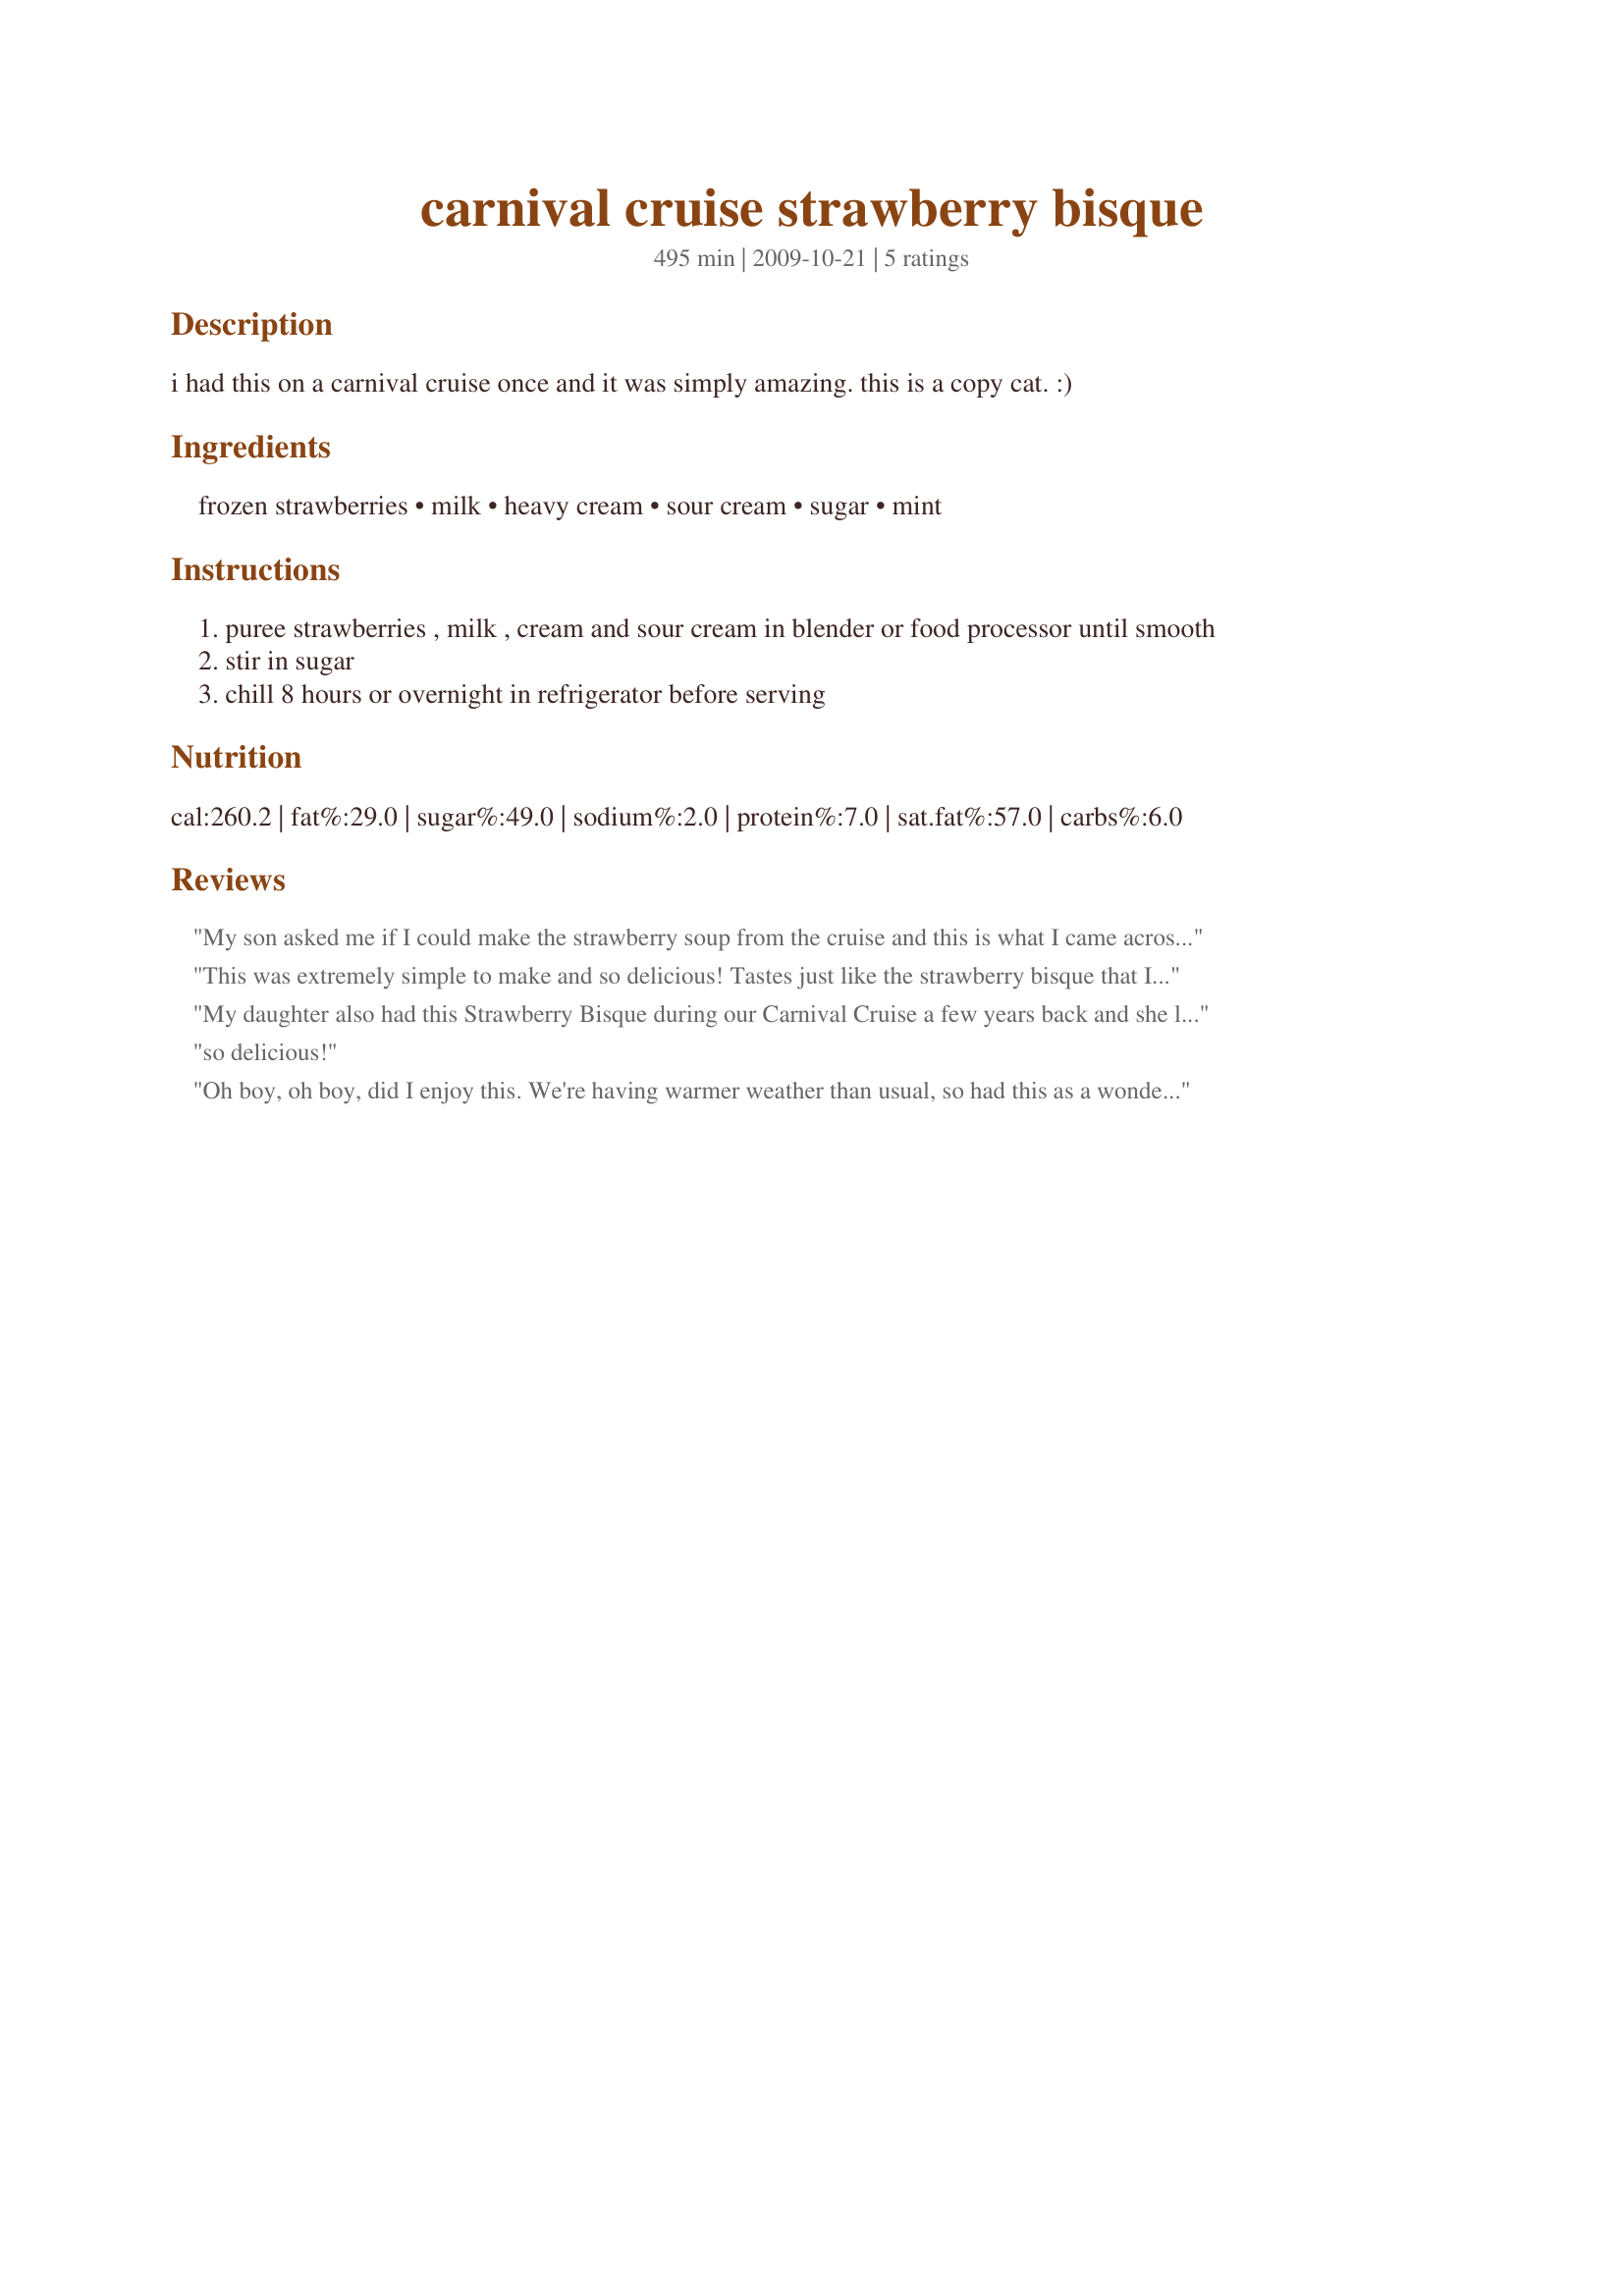
carnival cruise strawberry bisque
Preparation time: 495 minutes

i had this on a carnival cruise once and it was simply amazing. this is a copy cat. :)

Ingredients:
frozen strawberries, milk, heavy cream, sour cream, sugar, mint

Steps:
puree strawberries , milk , cream and sour cream in blender or food processor until smooth
stir in sugar
chill 8 hours or overnight in refrigerator before serving

Reviews:
My son asked me if I could make the strawberry soup from the cruise and this is what I came across. He said it taste just like it!!! So thanks for posting.
This was extremely simple to make and so delicious! Tastes just like the strawberry bisque that I had on the Carnival cruise! Delicious!
My daughter also had this Strawberry Bisque during our Carnival Cruise a few years back and she loved it, so I'm very happy to have found this recipe!! I can't wait to try it! It looks and sounds scrumptious! Thank you for posting it!!
so delicious!
Oh boy, oh boy, did I enjoy this. We're having warmer weather than usual, so had this as a wonderful treat after dinner. Wouldn't change a thing in this recipe. Thnx for sharing it, Kierstein. Made for PAC Spring 2010. You've been adopted! http://www.recipezaar.com/bb/viewtopic.zsp?t=327498&postdays=0&postorder=asc&start=0
